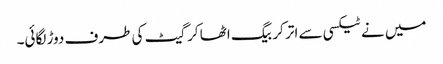
میں نے ٹیکسی سے اتر کر بیگ اٹھا کر گیٹ کی طرف دوڑ لگائی۔